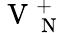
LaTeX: \mathrm{~V~}_{\mathrm{~N~}}^{+}